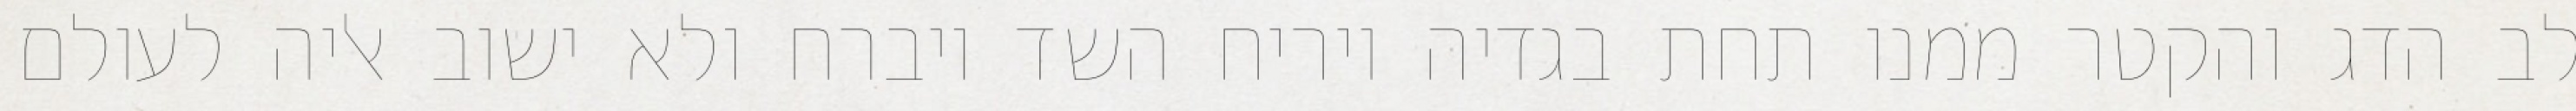
לב הדג והקטר ממנו תחת בגדיה ויריח השד ויברח ולא ישוב אליה לעולם